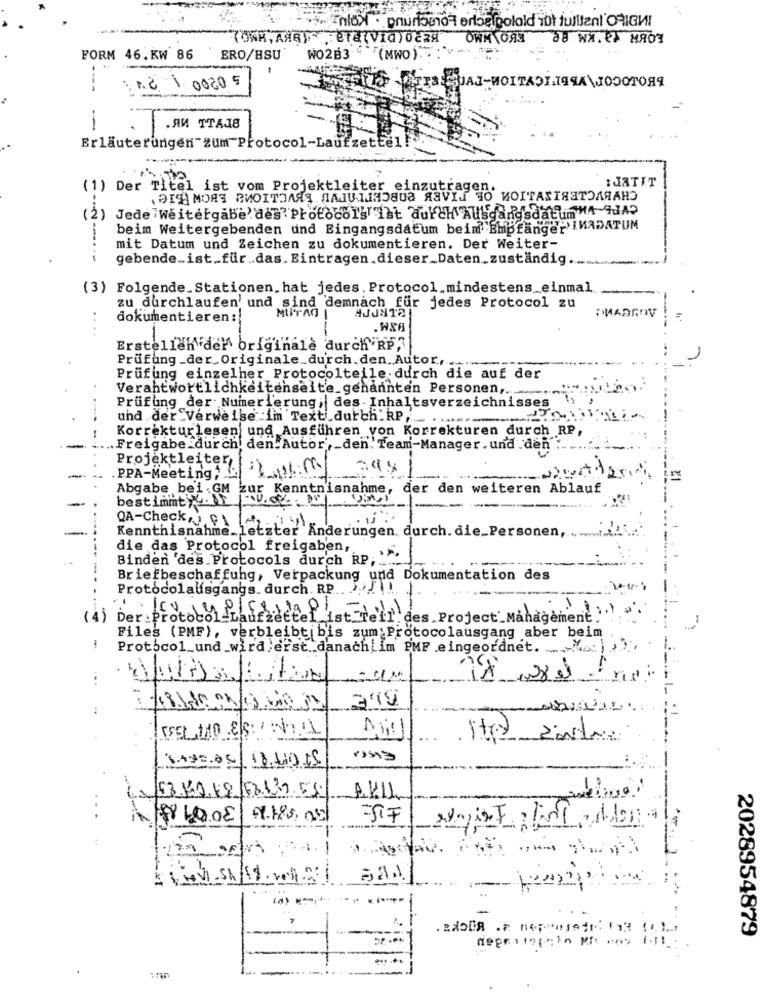
Enlo> . pnunogno " erba golold it fulltenl'ORIGI
TOWN, ANQU ETE(VIQ) 0829
OWM \O93
Ба ня. еТ мяоч
FORM 46. KW 86
ERO/HSU
WO2B3 (MWO).
--
1. 2 1.00209
TrASUAL-HOITADIIЯЧA \JOOOТOЯЯ
.ЯИ ТТАЛЕ
Erläuterungen zum Protocol-Laufzette
:JaTIT
(1) Der Titel ist vom Projektleiter einzutragen.
„ЭтЧМояя Виотталяя лаJUляовоа ЯavId НО ИОГТАХТЯТОЛЯАНО
(2) Jedelweitergabe' des"Protocol}"ist durch AusgangsdatumMA HA?
beim Weitergebenden und Eingangsdatum beim Empfange- INADATUM
mit Datum und Zeichen zu dokumentieren. Der Weiter-
gebende _. ist_für .. das. Eintragen.dieser_Daten.zuständig ....
(3) Folgende_Stationen.hat jedes . Protocol.mindestens_einmal
zu durchlaufen' und sind demnach für jedes Protocol zu
MUTAG
HJJNITE
:MAaROV
dokumentieren:
--
...
-
Erstellen der originale durch RP,3
Prüfung_der_Originale_durch.den. Autor .,.
Prüfung einzelner Protocolteile durch die auf der
Verantwortlichkeitenseite_genannten Personen ,...
Prüfung der Numerierung, des - Inhaltsverzeichnisses
und der Verweise im Text durch_RP ..
-
Korrekturlesen und Ausführen von Korrekturen durch RP,
.Freigabe_durch. den.Autor ,_ den. Team-Manager . und .den
Projektleiter
PPA-Meeting:
Abgabe bei GM zur Kenntnisnahme, der den weiteren Ablauf
bestimmty
Kenntnisnahme_ letzter Änderungen. durch. die_Personen,
QA-Check,5 01 (1+
die das Protocol freigaben,
Binden 'des Protocols durch RP: "".
----
Briefbeschaffung, Verpackung und Dokumentation des
Protocolausgangs. durch. RP .. !!..
-
(4) Der :Protocol-Laufzettel_ist"reil.des. Project_Management.'
-
Files (PMF), verbleibtibis zum Protocolausgang aber beim
Protocol_und wird erst .. danachLim PMF .eingeordnet. ..... ] },
1
AK11
...
$ 100.00
-SiF
2028954879